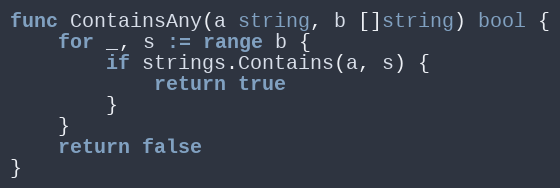
Language: Go
func ContainsAny(a string, b []string) bool {
	for _, s := range b {
		if strings.Contains(a, s) {
			return true
		}
	}
	return false
}